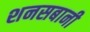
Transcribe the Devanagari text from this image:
शनसबानी